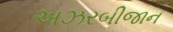
અઝરબીજાન